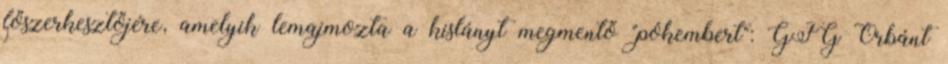
főszerkesztőjére, amelyik lemajmozta a kislányt megmentő "pókembert": GFG Orbánt